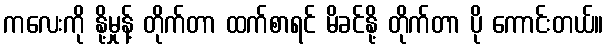
ကလေးကို နို့မှုန့် တိုက်တာ ထက်စာရင် မိခင်နို့ တိုက်တာ ပို ကောင်းတယ်။